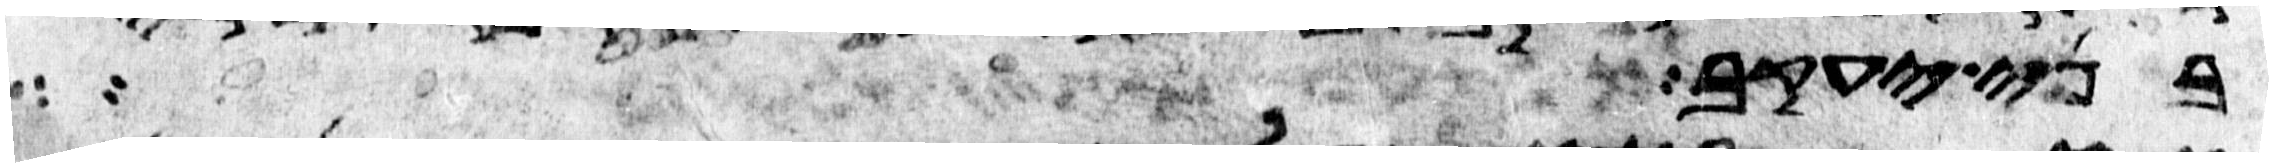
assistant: בני יעקב ושמעו אל ישראל